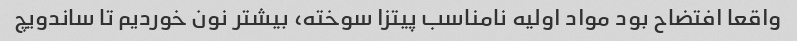
واقعا افتضاح بود مواد اولیه نامناسب پیتزا سوخته، بیشتر نون خوردیم تا ساندویچ